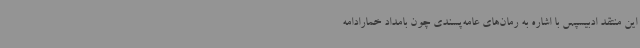
این منتقد ادبیسپس با اشاره به رمان‌های عامه‌پسندی چون بامداد خمارادامه